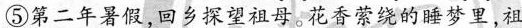
⑤第二年暑假,回乡探望祖母。花香萦绕的睡梦里，祖